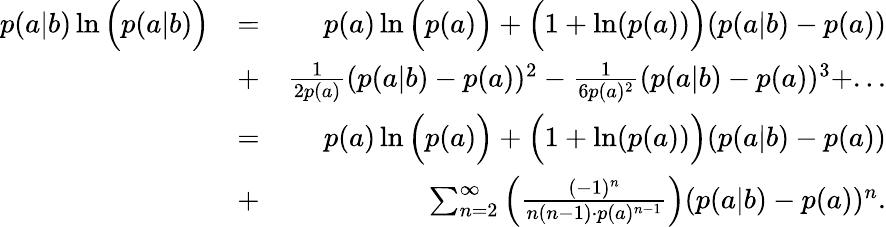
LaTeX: \begin{array}{rlr}{p(a|b)\ln\Big(p(a|b)\Big)}&{=}&{p(a)\ln\Big(p(a)\Big)+\Big(1+\ln(p(a))\Big)(p(a|b)-p(a))}\\ &{+}&{\frac{1}{2p(a)}(p(a|b)-p(a))^{2}-\frac{1}{6p(a)^{2}}(p(a|b)-p(a))^{3}+...}\\ &{=}&{p(a)\ln\Big(p(a)\Big)+\Big(1+\ln(p(a))\Big)(p(a|b)-p(a))}\\ &{+}&{\sum_{n=2}^{\infty}\Big(\frac{(-1)^{n}}{n(n-1)\cdot p(a)^{n-1}}\Big)(p(a|b)-p(a))^{n}.}\end{array}